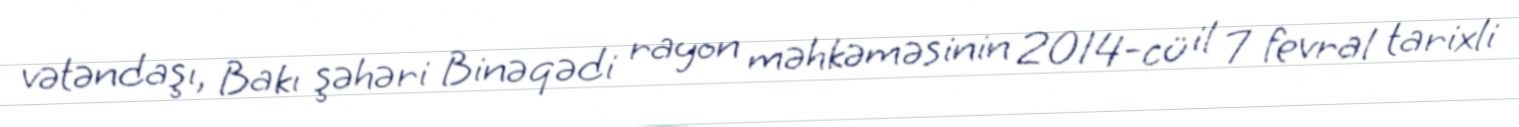
vətəndaşı, Bakı şəhəri Binəqədi rayon məhkəməsinin 2014-cü il 7 fevral tarixli